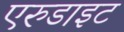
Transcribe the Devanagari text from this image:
एरुडाइट